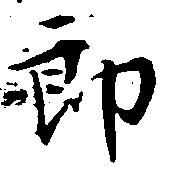
郎